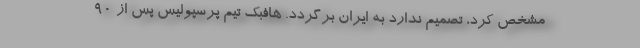
مشخص کرد، تصمیم ندارد به ایران برگردد. هافبک تیم پرسپولیس پس از 90